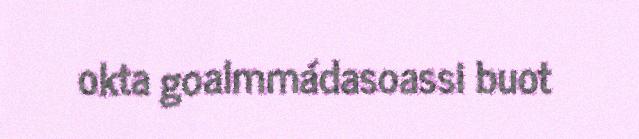
okta goalmmádasoassi buot